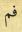
فم